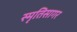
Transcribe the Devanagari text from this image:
स्मृतिसागर